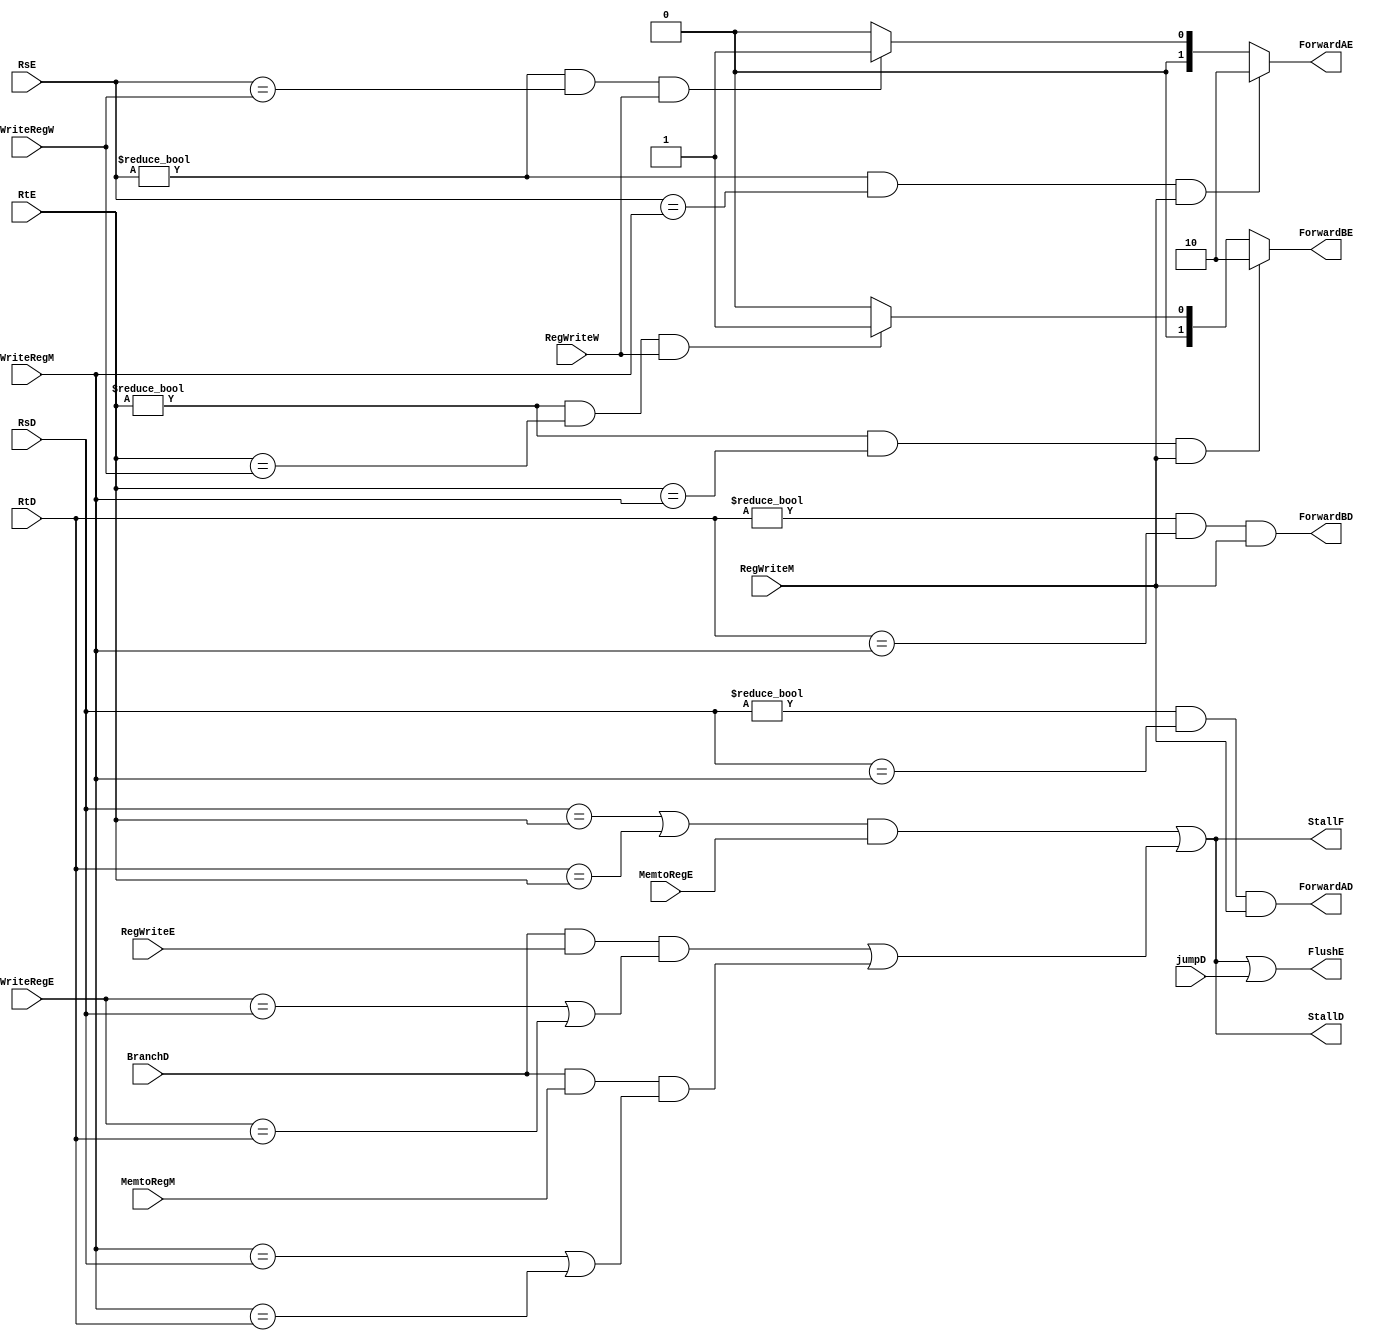
module hazard_unit(
input wire [4:0] WriteRegW, WriteRegM, WriteRegE,RsE,RtE,RsD,RtD,

input wire BranchD, MemtoRegE, RegWriteE, MemtoRegM, RegWriteM, RegWriteW, jumpD,


output wire StallF, StallD, FlushE,

output reg ForwardAD, ForwardBD, 

output reg [1:0] ForwardAE, ForwardBE


);

wire lwstall;

wire branchstall;

always @ (*)

begin

if((RsE != 0) && (RsE == WriteRegM) && (RegWriteM) )

begin

ForwardAE = 2'b10;

end 

else if ((RsE != 0) && (RsE == WriteRegW) && (RegWriteW) )

begin

ForwardAE = 2'b01;

end 

else 

begin

ForwardAE = 2'b00;

end 


/*********************************************************/


if((RtE != 0) && (RtE == WriteRegM) && (RegWriteM) )

begin

ForwardBE = 2'b10;

end 

else if ((RtE != 0) && (RtE == WriteRegW) && (RegWriteW) )

begin
    
ForwardBE = 2'b01;

end 

else 

begin

ForwardBE = 2'b00;

end 

end 

/*************************************************************/

always @ (*)

begin

ForwardAD = ((RsD != 5'b0) && (RsD == WriteRegM) && RegWriteM);

ForwardBD = ((RtD != 5'b0) && (RtD == WriteRegM) && RegWriteM);




end 


assign lwstall = ((RsD == RtE) || (RtD==RtE)) && (MemtoRegE) ; 


assign branchstall = (BranchD && RegWriteE && (WriteRegE == RsD || WriteRegE == RtD) ) || (BranchD && MemtoRegM && (WriteRegM == RsD || WriteRegM == RtD));



assign StallF = ( lwstall || branchstall );

assign StallD = ( lwstall || branchstall );

assign FlushE = ( lwstall || branchstall || jumpD );


/*******************************************************************/


endmodule